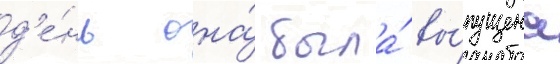
д'е́нь она́ была́ вы́пущена